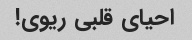
احیای قلبی ریوی!